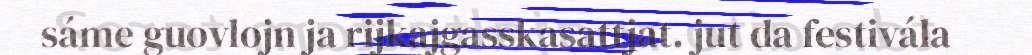
sáme guovlojn ja rijkajgasskasattjat. jut da festivála